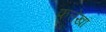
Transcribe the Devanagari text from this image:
फत्तेखां